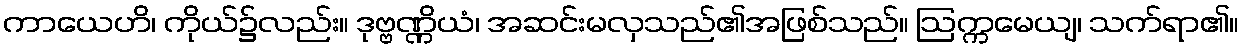
ကာယေဟိ၊ ကိုယ်၌လည်း။ ဒုဗ္ဗဏ္ဏိယံ၊ အဆင်းမလှသည်၏အဖြစ်သည်။ ဩက္ကမေယျ၊ သက်ရာ၏။